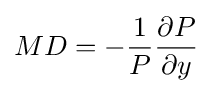
MD=-{\frac {1}{P}}{\frac {\partial P}{\partial y}}